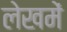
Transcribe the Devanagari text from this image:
लेखमें